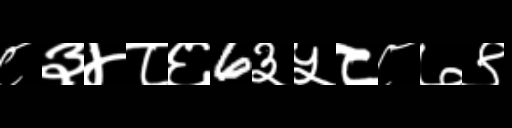
Text: ८३४८६6३५८८७९